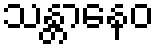
သန္တာနေဝ